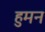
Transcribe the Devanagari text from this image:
हुमन